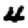
Digit: 4